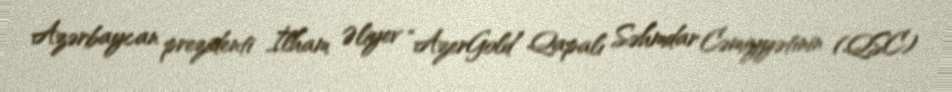
Azərbaycan prezidenti İlham Əliyev “AzerGold” Qapalı Səhmdar Cəmiyyətinin (QSC)